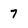
Character: 7